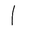
Letter: _alif